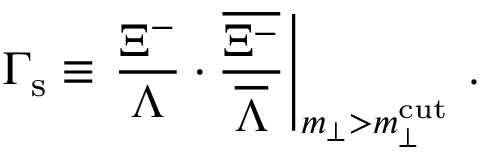
\Gamma _ { \mathrm { s } } \equiv \left. { \frac { \Xi ^ { - } } { \Lambda } } \cdot { \frac { \overline { { { \Xi ^ { - } } } } } { \overline { { { \Lambda } } } } } \right\vert _ { m _ { \perp } > m _ { \perp } ^ { \mathrm { c u t } } } \, .